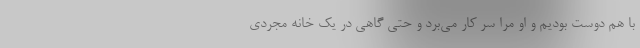
با هم دوست بودیم و او مرا سر کار می‌برد و حتی گاهی در یک خانه مجردی